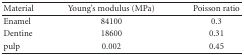
<table><thead><tr><td><b>Material</b></td><td><b>Young&#x27;s modulus (MPa)</b></td><td><b>Poisson ratio</b></td></tr></thead><tbody><tr><td>Enamel</td><td>84100</td><td>0.3</td></tr><tr><td>Dentine</td><td>18600</td><td>0.31</td></tr><tr><td>pulp</td><td>0.002</td><td>0.45</td></tr></tbody></table>